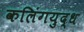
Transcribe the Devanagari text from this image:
कलिंगयुद्ध